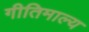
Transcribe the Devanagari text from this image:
गीतिमाल्य